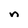
Character: n